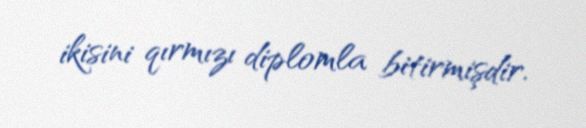
ikisini qırmızı diplomla bitirmişdir.